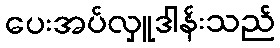
ပေးအပ်လှူဒါန်းသည်